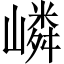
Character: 嶙